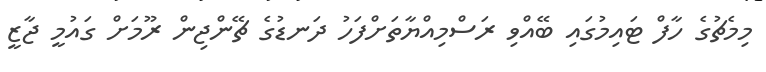
މިމެޗުގެ ހާފް ޓައިމުގައި ބޭއްވި ރަސްމިއްޔާތަށްފަހު ދަނޑުގެ ޗޭންޖިން ރޫމަށް ގައުމީ ޖާޒީ